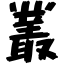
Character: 叢